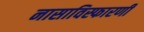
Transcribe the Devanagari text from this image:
नासाविस्फारणी